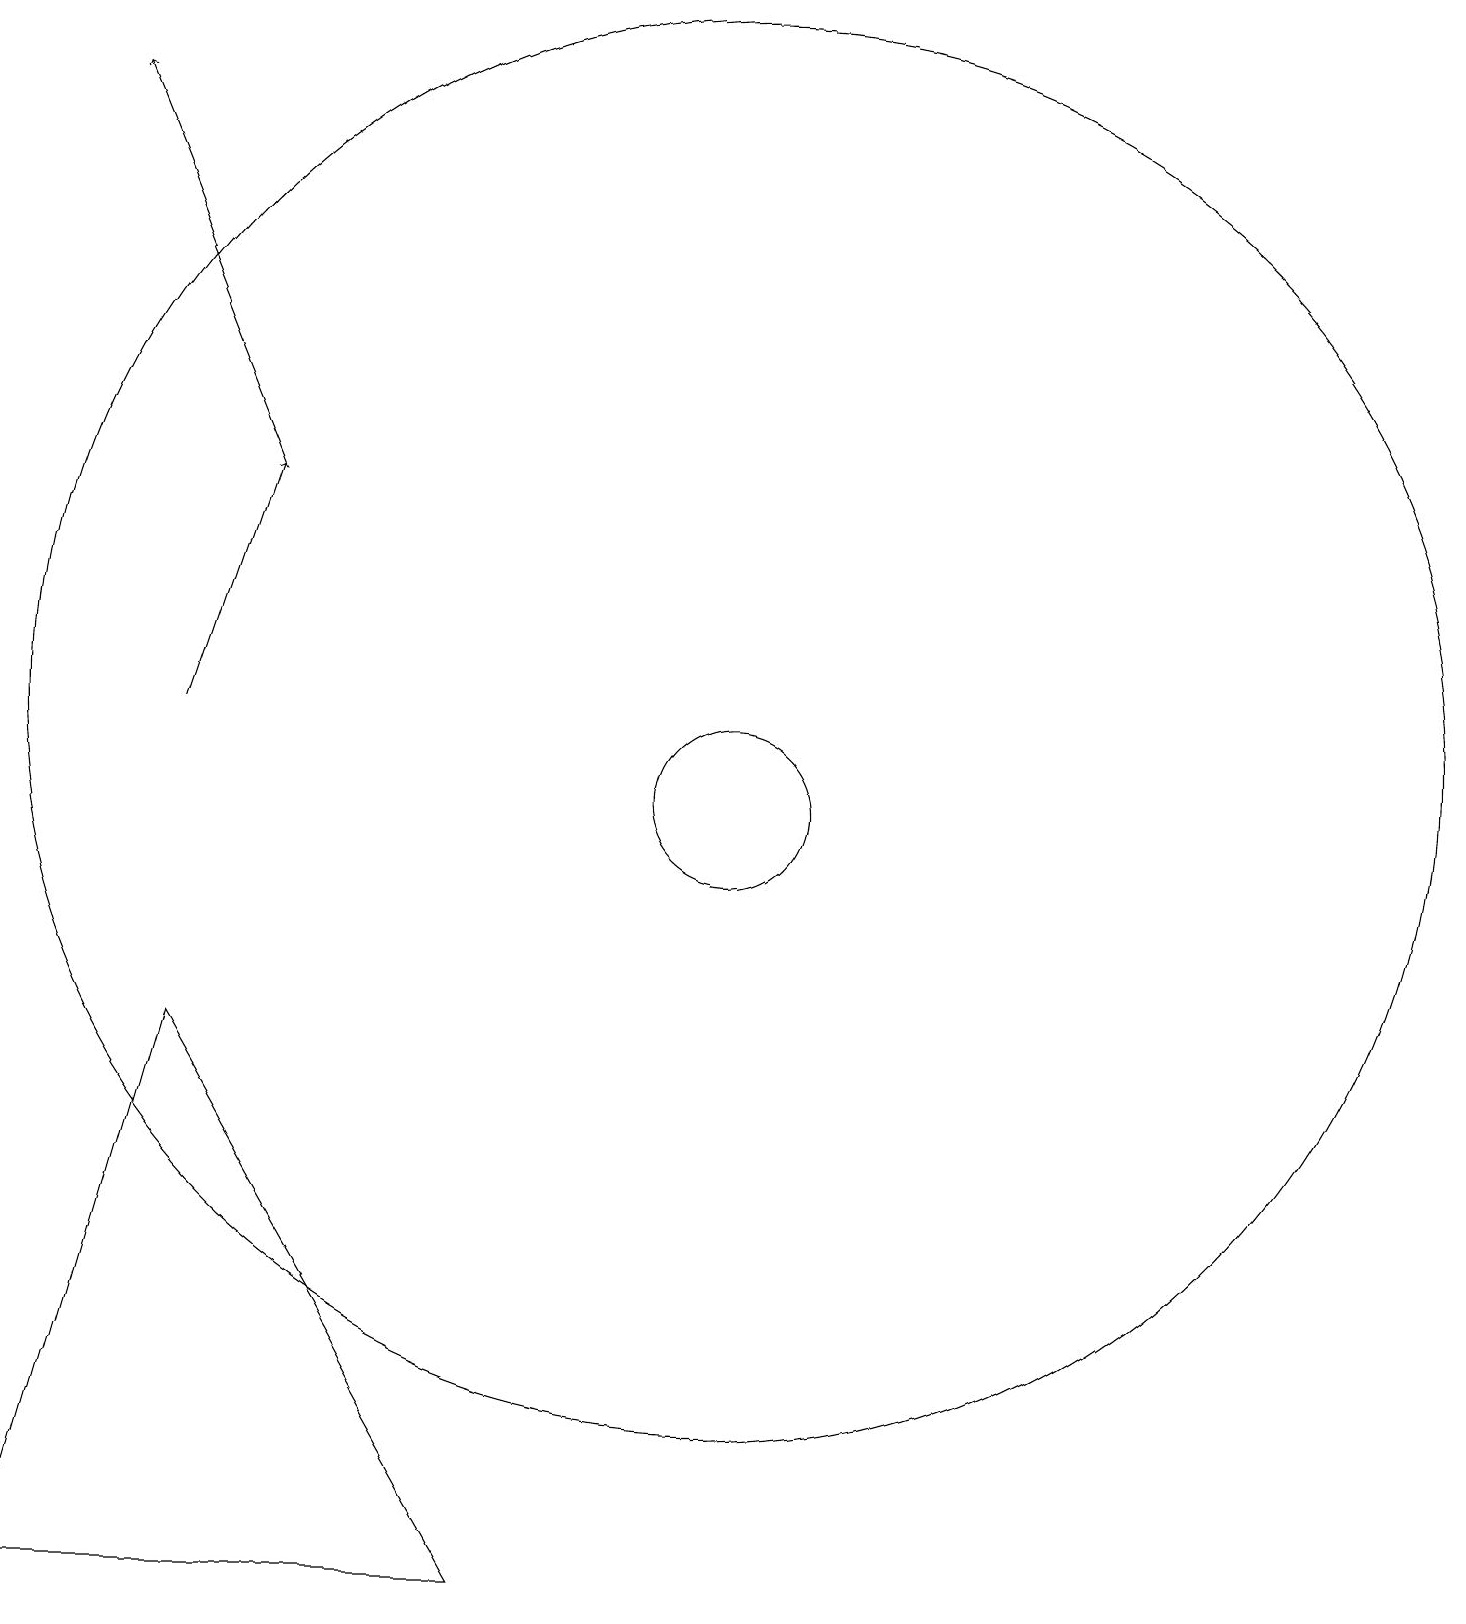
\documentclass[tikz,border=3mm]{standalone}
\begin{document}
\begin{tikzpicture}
\draw (11,10) circle (1);
\draw (8,0) -- (2,0) -- (4,7) -- cycle;
\draw[->] (4,11) -- (5,14);
\draw (11,11) circle (9);
\draw[->] (5,14) -- (3,19);
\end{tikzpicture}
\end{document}